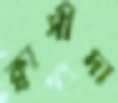
ক্বাসীদা